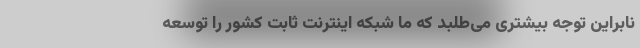
نابراین توجه بیشتری می‌طلبد که ما شبکه اینترنت ثابت کشور را توسعه